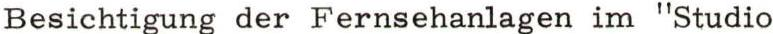
Besichtigung der Fernsehanlagen im "Studio